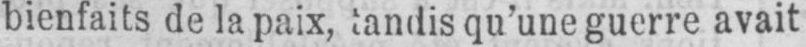
bienfaits de la paix, tandis qu’une guerre avait